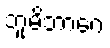
ဘူမိဘာဂေ